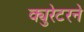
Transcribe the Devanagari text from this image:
क्युरेटरने